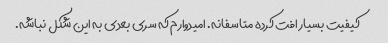
کیفیت بسیار افت کرده متاسفانه. امیدوارم که سری بعدی به این شکل نباشه.